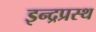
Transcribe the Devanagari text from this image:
इन्‍द्रप्रस्‍थ